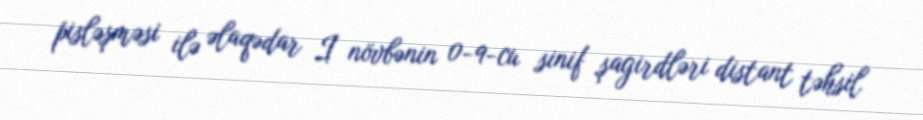
pisləşməsi ilə əlaqədar I növbənin 0-9-cu sinif şagirdləri distant təhsil